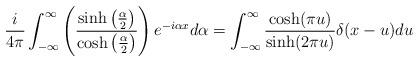
LaTeX: \begin{align*}\frac{i}{4\pi}\int_{-\infty}^{\infty}\left(\frac{\sinh\left(\frac{\alpha}{2}\right)}{\cosh\left(\frac{\alpha}{2}\right)}\right)e^{-i\alpha x}d\alpha=\int_{-\infty}^{\infty}\frac{\cosh(\pi u)}{\sinh(2\pi u)}\delta(x-u)du\end{align*}